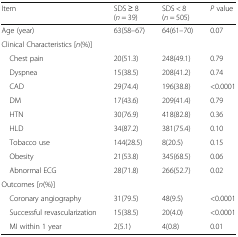
<table><thead><tr><td><b>Item</b></td><td><b>SDS ≥ 8 (<i>n</i> = 39)</b></td><td><b>SDS &lt; 8 (<i>n</i> = 505)</b></td><td><b><i>P</i> value</b></td></tr></thead><tbody><tr><td>Age (year)</td><td>63(58–67)</td><td>64(61–70)</td><td>0.07</td></tr><tr><td colspan="4">Clinical Characteristics [<i>n</i>(%)]</td></tr><tr><td> Chest pain</td><td>20(51.3)</td><td>248(49.1)</td><td>0.79</td></tr><tr><td> Dyspnea</td><td>15(38.5)</td><td>208(41.2)</td><td>0.74</td></tr><tr><td> CAD</td><td>29(74.4)</td><td>196(38.8)</td><td>&lt;0.0001</td></tr><tr><td> DM</td><td>17(43.6)</td><td>209(41.4)</td><td>0.79</td></tr><tr><td> HTN</td><td>30(76.9)</td><td>418(82.8)</td><td>0.36</td></tr><tr><td> HLD</td><td>34(87.2)</td><td>381(75.4)</td><td>0.10</td></tr><tr><td> Tobacco use</td><td>144(28.5)</td><td>8(20.5)</td><td>0.15</td></tr><tr><td> Obesity</td><td>21(53.8)</td><td>345(68.5)</td><td>0.06</td></tr><tr><td> Abnormal ECG</td><td>28(71.8)</td><td>266(52.7)</td><td>0.02</td></tr><tr><td colspan="4">Outcomes [<i>n</i>(%)]</td></tr><tr><td> Coronary angiography</td><td>31(79.5)</td><td>48(9.5)</td><td>&lt;0.0001</td></tr><tr><td> Successful revascularization</td><td>15(38.5)</td><td>20(4.0)</td><td>&lt;0.0001</td></tr><tr><td> MI within 1 year</td><td>2(5.1)</td><td>4(0.8)</td><td>0.01</td></tr></tbody></table>